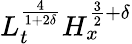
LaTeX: L_{t}^{\frac{4}{1+2\delta}}H_{x}^{\frac{3}{2}+\delta}